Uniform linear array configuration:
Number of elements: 4
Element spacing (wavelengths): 0.75
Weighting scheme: exponential
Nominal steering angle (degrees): -60
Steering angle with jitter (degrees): -61.565
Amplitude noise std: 0.05
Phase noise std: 0.05

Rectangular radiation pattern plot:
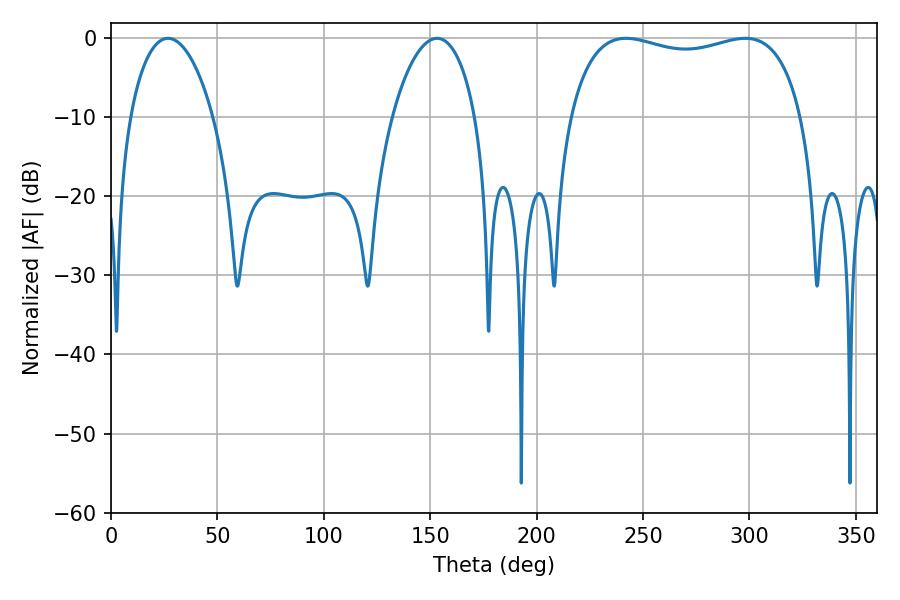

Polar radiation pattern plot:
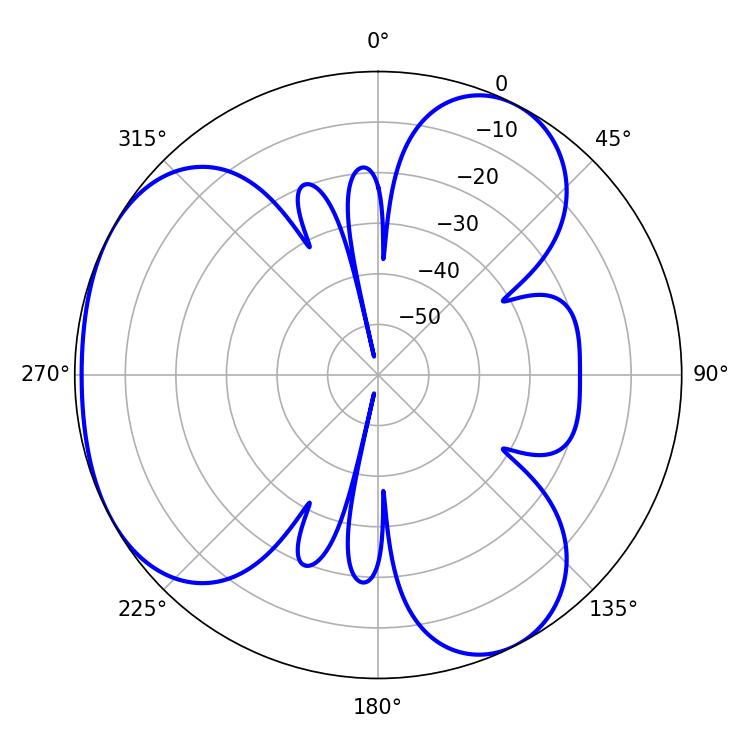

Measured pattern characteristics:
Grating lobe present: TRUE
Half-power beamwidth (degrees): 89.28
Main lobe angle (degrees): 241.92